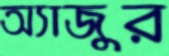
অ্যাজুর